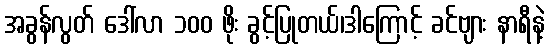
အခွန်လွတ် ဒေါ်လာ ၁၀၀ ဖိုး ခွင့်ပြုတယ်၊ဒါကြောင့် ခင်ဗျား နာရီနဲ့